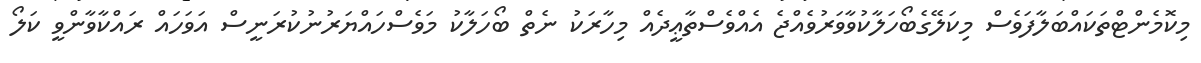
މިކޮމެންޓްތަކައްބަލާފަވެސް މިކަލޭގެބޯހަލާކުވާވަރުވެއްޖެ އެއްވެސްތާޢީދެއް މިހާރަކު ނެތް ބޯހަލާކު މަވެސްހައްޔަރުނުކުރަނީސް އަވަހައް ރައްކާވާންވީ ކަލޯ